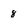
Character: 8